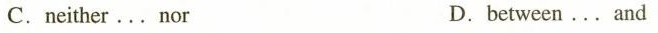
C. neither ... nor D. between ... and